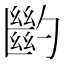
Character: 𠤉